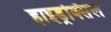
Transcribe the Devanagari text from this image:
हाइड्रक्सिल